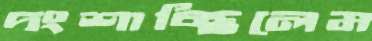
দংশাচ্ছিলেম